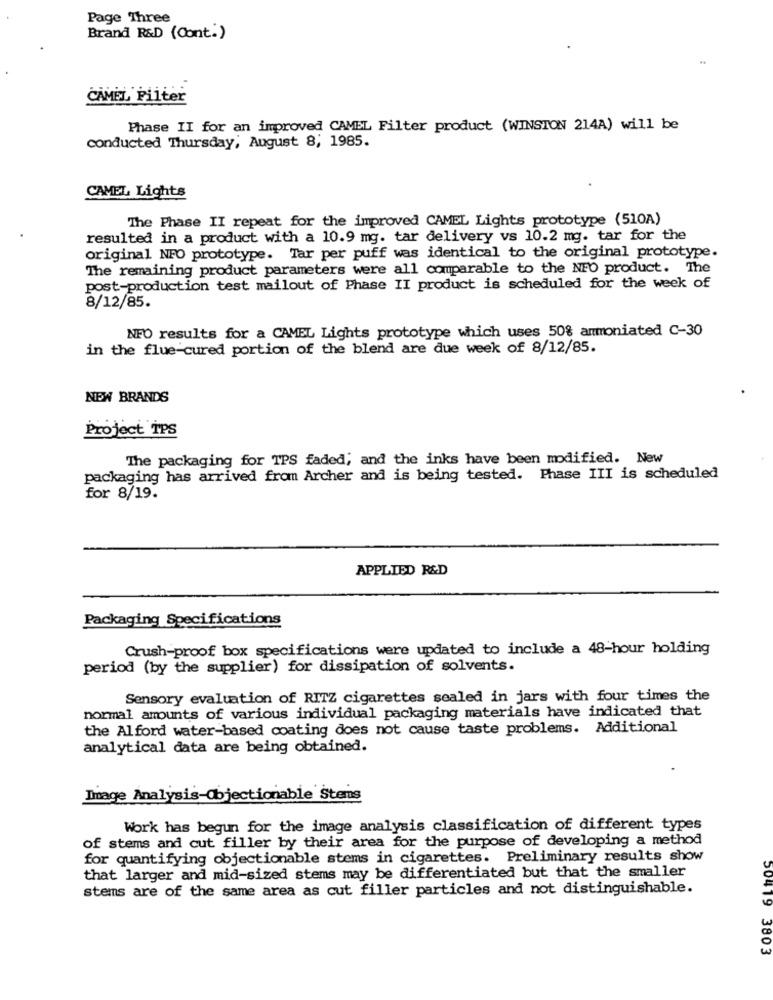
Page Three
Brand R&D (Cont.)
CAMEL Piiter
Phase II for an improved CAMEL Filter product (WINSTON 214A) will be
conducted Thursday, August 8, 1985.
CAMEL Lights
The Phase II repeat for the improved CAMEL Lights prototype (510A)
resulted in a product with a 10.9 mg. tar delivery vs 10.2 mg. tar for the
original NFO prototype. Tar per puff was identical to the original prototype.
The remaining product parameters were all comparable to the NFO product. The
post-production test mailout of Phase II product is scheduled for the week of
8/12/85.
NFO results for a CAMEL Lights prototype which uses 50% ammoniated C-30
in the flue-cured portion of the blend are due week of 8/12/85.
NEW BRANDS
Project Tps
The packaging for TPS faded, and the inks have been modified. New
packaging has arrived from Archer and is being tested. Phase III is scheduled
for 8/19.
APPLIED R&D
Packaging Specifications
Crush-proof box specifications were updated to include a 48-hour holding
period (by the supplier) for dissipation of solvents.
Sensory evaluation of RITZ cigarettes sealed in jars with four times the
normal amounts of various individual packaging materials have indicated that
the Alford water-based coating does not cause taste problems. Additional
analytical data are being obtained.
Image Analysis-Objectionable Stens
Work has begun for the image analysis classification of different types
of stems and cut filler by their area for the purpose of developing a method
for quantifying objectionable stems in cigarettes. Preliminary results show
that larger and mid-sized stems may be differentiated but that the smaller
stems are of the same area as cut filler particles and not distinguishable.
50419 3803